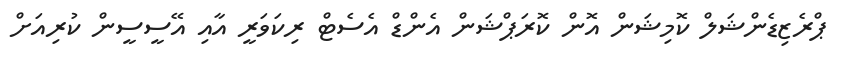
ޕްރެޒިޑެންޝަލް ކޮމިޝަން އޮން ކޮރަޕްޝަން އެންޑް އެސެޓް ރިކަވަރީ އާއި އޭސީސީން ކުރިއަށް